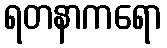
ရတနာကရော